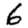
Digit: 6